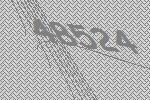
48524